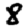
Digit: 8